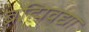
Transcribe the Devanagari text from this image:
ब्रह्मिवद्या